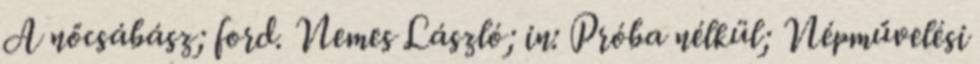
A nőcsábász; ford. Nemes László; in: Próba nélkül; Népművelési